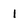
Character: 1